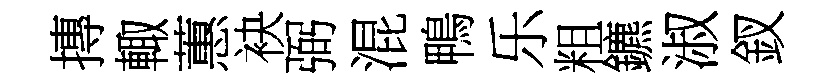
摶輙蕙袂弼混鴨乐粗鑣淑釵